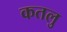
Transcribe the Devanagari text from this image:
कतलु